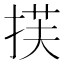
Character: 𫽈